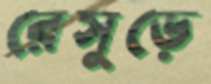
রেসুড়ে